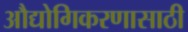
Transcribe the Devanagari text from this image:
औद्योगिकरणासाठी